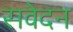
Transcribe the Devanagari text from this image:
सवेदन